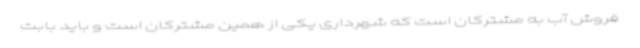
فروش آب به مشترکان است که شهرداری یکی از همین مشترکان است و باید بابت